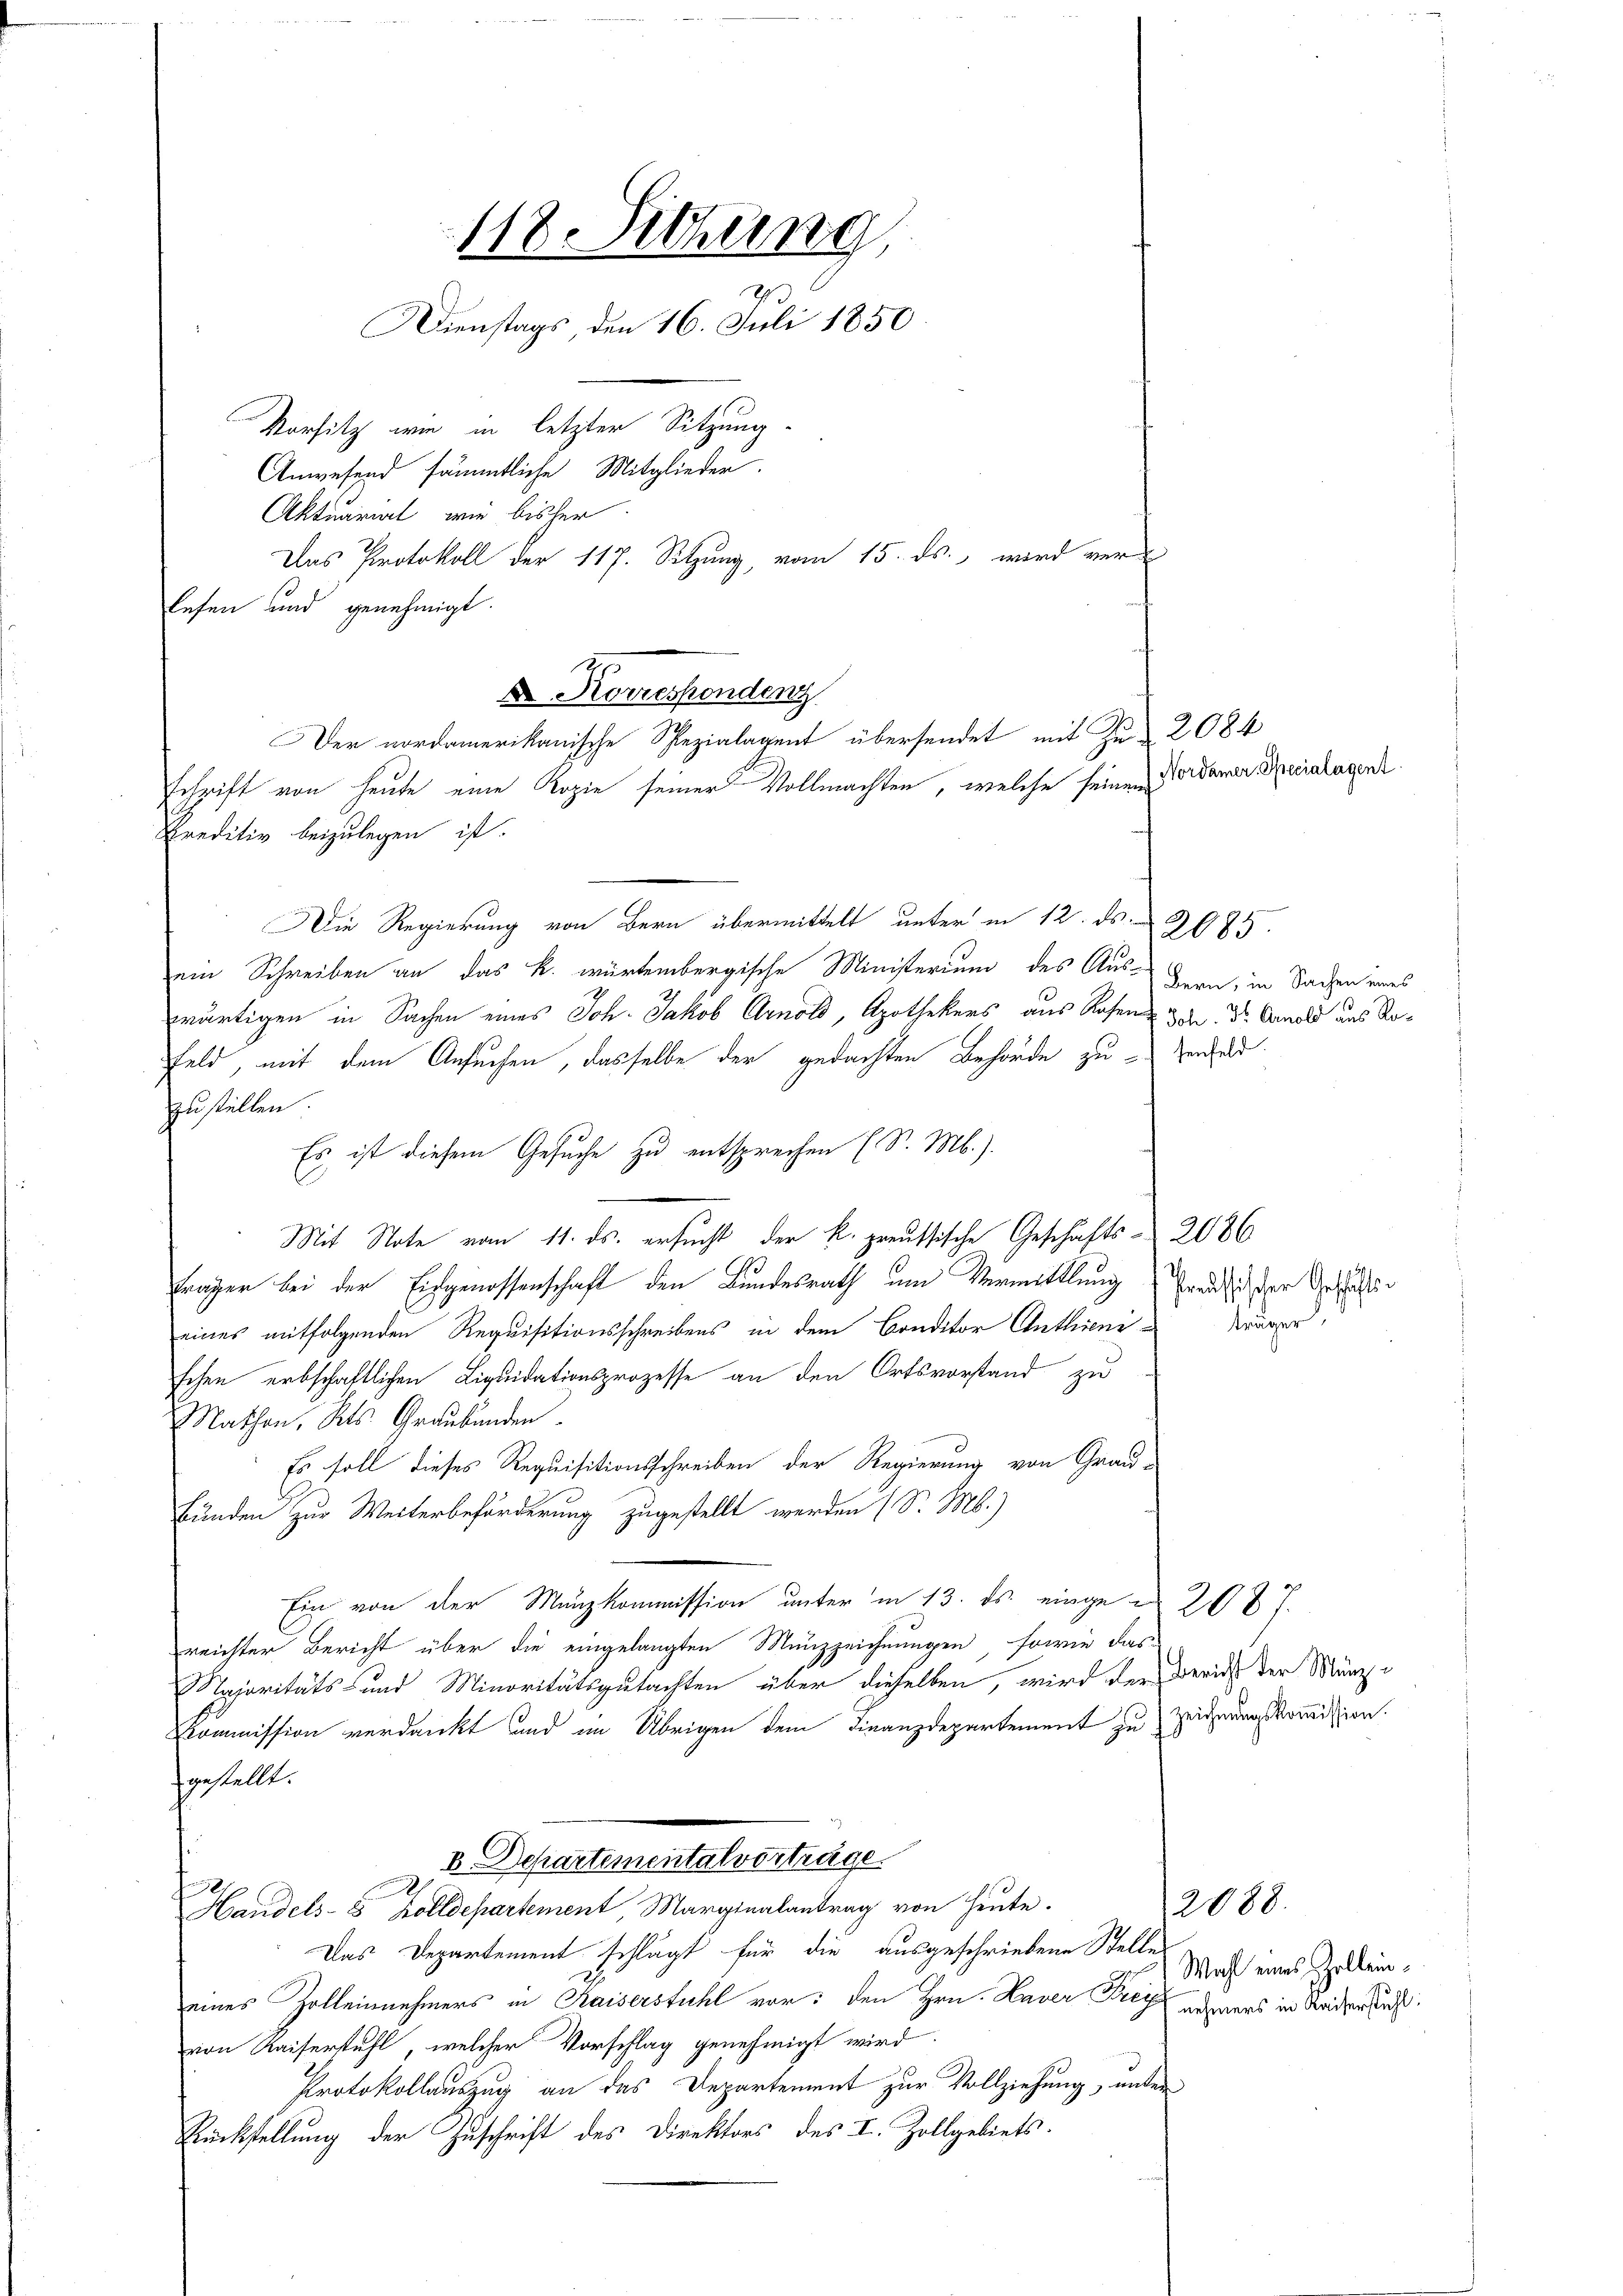
Schrift von heute eine Kopie seiner Vollmachten, welche seinem
Preditiv beizulegen ist.
Die Regierung von Bern übermittelt unter in 12. ds.
ein Schreiben an das k. würtembergische Ministerium des Aus-Bern, in Sachen eines
wärtigen in Sachen eines Joh. Jakob Arnold, Apothekers aus Rosen zu. Dr. Arnold aus Ro¬
Feld, mit dem Ansuchen, dasselbe der gedachten Behörde zu Genfeld
zustellen.
Es ist diesem Gesuche zu entsprechen (S. Mb.).
Mit Note vom 11. ds. ersucht der k. preussische Geschäfts- 2086
träger bei der Eingenossenschaft den Bundesrath am Vermittlung Preussich der Gestätig
eines mitfolgenden Requisitionsschreibens in dem Conditor Enthien Kräger,
schen erbschaftlichen Liquidationsprozesse an den Ortsvorstand zu
Mathen, Kts. Graubünden
Es soll dieses Requisitionsschreiben der Regierung von Grau-
Bunden zur Weiterbeförderung zugestellt werden (S. M.)
Ein von der Munzkommission unter in 13. ds. eingen 20 x 7.
reichter Bericht über die eingelangten Münzzeichnungen, sowie das
Majoritäts- und Minoritätsgutachten über dieselben, wird der Bericht der Münz¬
Kommission verdankt und im Übrigen dem Finanzdepartement zu zeignungskommission.
gestellt.
D. Departementalvorträge
2088.
Handels- 8 Zolldepartement Marginalantrag von heute.
Das Departement schlägt für die ausgeschriebene Stellen
eines Zolleinnehmers in Kaiserstuhl vor: den Hrn. Haver Frey anzuers in Kaisersaus
von Kaiserstuhl, welcher Vorschlag genehmigt wird.
Protokollauszug an das Departement zur Vollziehung, unter
Rückstellung der Zuschrift des Direktors des I. Zollgebiets.

118. Sitzung
Dienstags den 16. Juli 1850
Vorsitz wie in letzter Sitzung
Anwesend sämmtliche Mitglieder.
Aktuariat wie bisher
Das Protokoll der 117. Sitzung, vom 15. ds., wird ver-

lesen und genehmigt.
 Korresponden

Der nordamerikanische Spezialagent übersendet mit Zu-2084

2085

Nordamer. Specialagent

Wahl eines Zollein¬